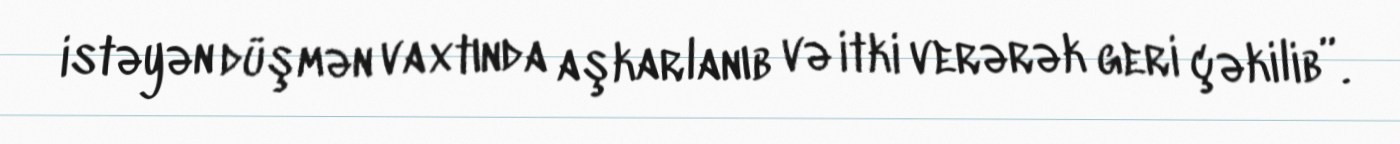
istəyən düşmən vaxtında aşkarlanıb və itki verərək geri çəkilib”.